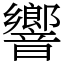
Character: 響